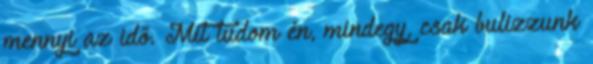
mennyi az idő. Mit tudom én, mindegy, csak bulizzunk